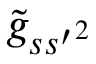
\tilde { g } _ { s { s ^ { \prime } } ^ { 2 } }